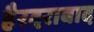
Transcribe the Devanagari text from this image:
हैरदराबाद